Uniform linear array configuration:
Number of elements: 16
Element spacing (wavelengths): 1
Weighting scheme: blackman
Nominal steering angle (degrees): -45
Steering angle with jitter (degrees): -46.471
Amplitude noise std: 0.05
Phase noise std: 0.05

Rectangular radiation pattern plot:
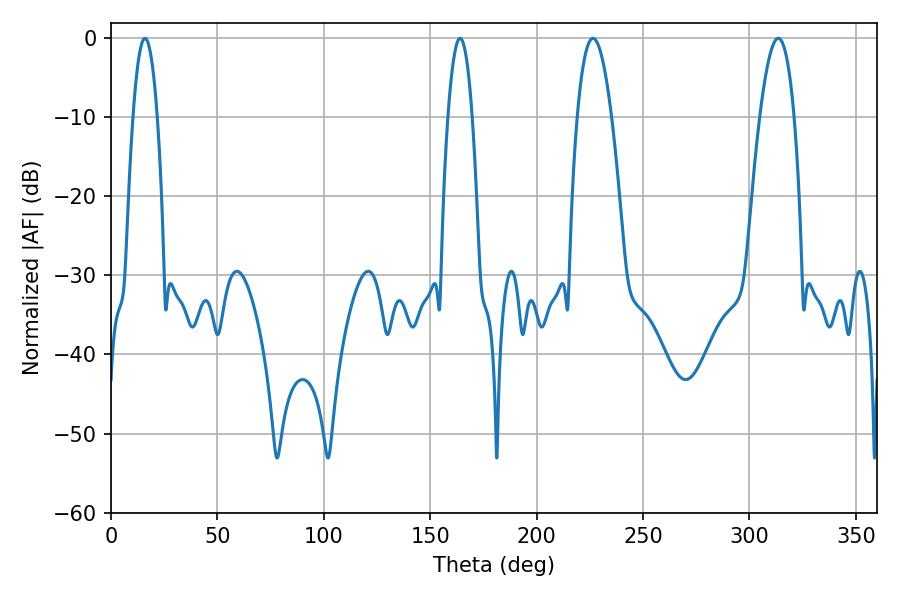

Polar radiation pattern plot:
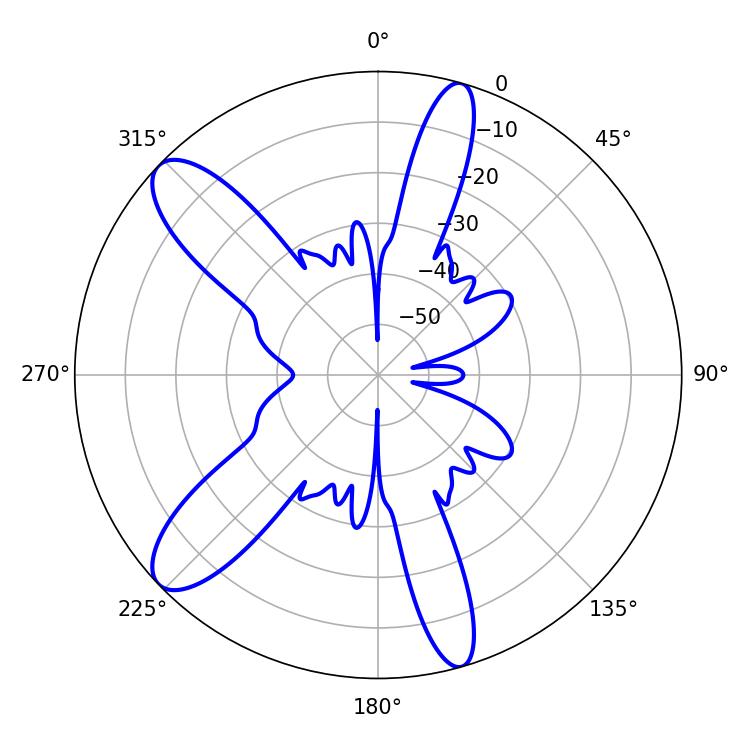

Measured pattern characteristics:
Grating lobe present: TRUE
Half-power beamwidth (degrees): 8.82
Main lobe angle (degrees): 226.44